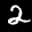
Digit: 2